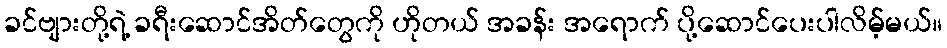
ခင်ဗျားတို့ရဲ့ ခရီးဆောင်အိတ်တွေကို ဟိုတယ် အခန်း အရောက် ပို့ဆောင်ပေးပါလိမ့်မယ်။